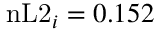
\mathrm { n L 2 } _ { i } = 0 . 1 5 2